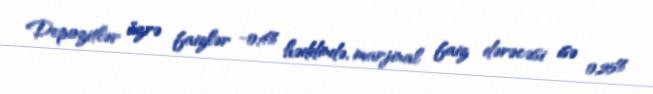
Depozitlər üzrə faizlər -0,4% həddində, marjinal faiz dərəcəsi isə 0,25%